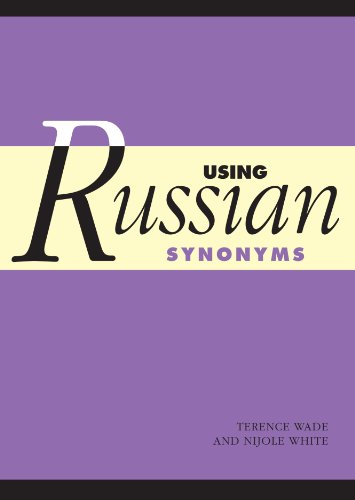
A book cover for Using Russian Synonyms; Terence Wade; Reference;